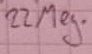
Text: 22Meg.